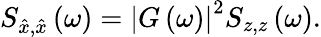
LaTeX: S_{\hat{x},\hat{x}}\left(\omega\right)=\left|G\left(\omega\right)\right|^{2}S_{z,z}\left(\omega\right).